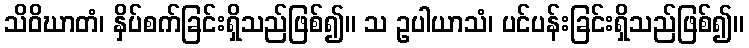
သိဝိဃာတံ၊ နှိပ်စက်ခြင်းရှိသည်ဖြစ်၍။ သ ဥပါယာသံ၊ ပင်ပန်းခြင်းရှိသည်ဖြစ်၍။